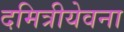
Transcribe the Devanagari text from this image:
दमित्रीयेवना